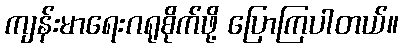
ကျန်းမာရေးဂရုစိုက်ဖို့ ပြောကြပါတယ်။